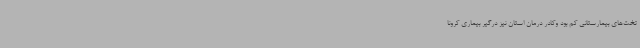
تخت‌های بیمارستانی کم بود وکادر درمان استان نیز درگیر بیماری کرونا